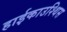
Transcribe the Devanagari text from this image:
हाईकाउश्थिस